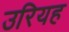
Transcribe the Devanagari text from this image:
उरियह